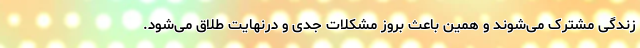
زندگی مشترک می‌شوند و همین باعث بروز مشکلات جدی و درنهایت طلاق می‌شود.